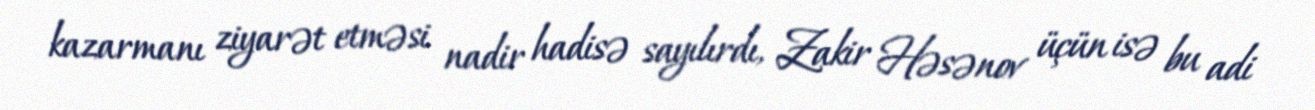
kazarmanı ziyarət etməsi nadir hadisə sayılırdı, Zakir Həsənov üçün isə bu adi